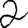
Digit: 2